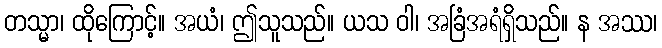
တသ္မာ၊ ထိုကြောင့်။ အယံ၊ ဤသူသည်။ ယသ ဝါ၊ အခြံအရံရှိသည်။ န အဿ၊